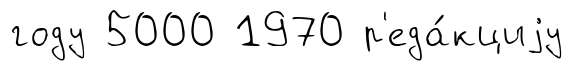
году 5000 1970 р'еда́кциjу